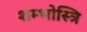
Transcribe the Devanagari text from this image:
शम्भोस्त्रि